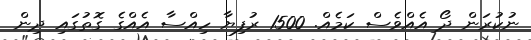
ނުކުރަން ދޯ އެއްވެސް ކަމެއް. 1500 ރުފިޔާ ހިއްސާ އެއްގެ ގޮތުގައި ދިން